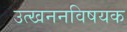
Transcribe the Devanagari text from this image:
उत्खननविषयक